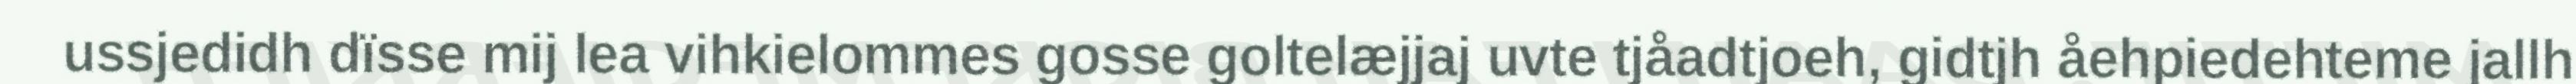
ussjedidh dïsse mij lea vihkielommes gosse goltelæjjaj uvte tjåadtjoeh, gidtjh åehpiedehteme jallh